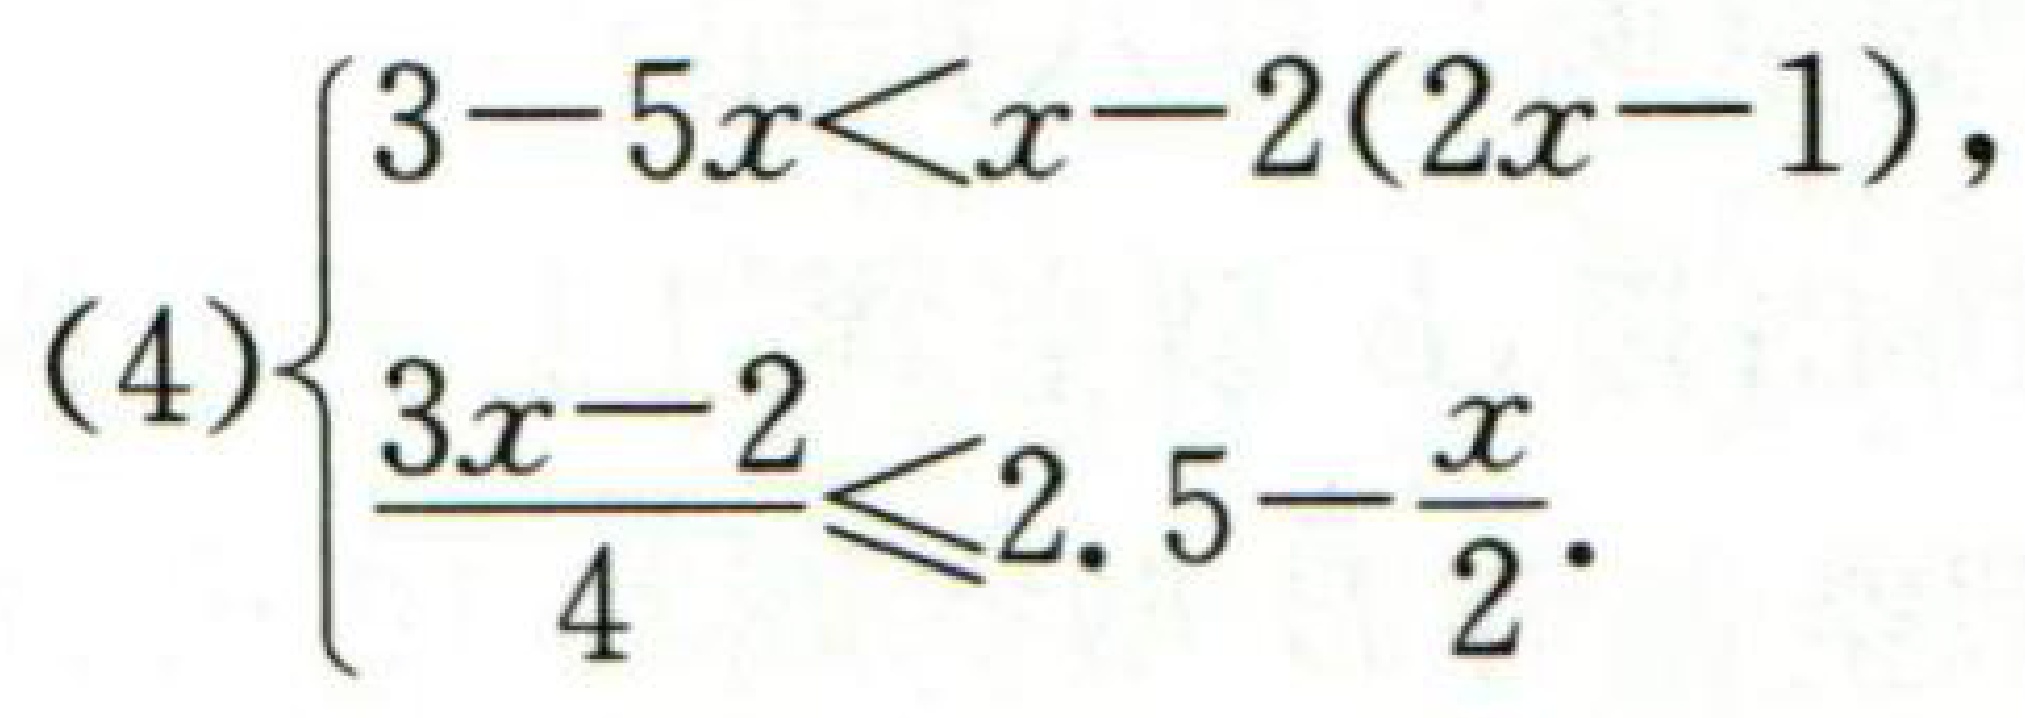
$(4)\begin{cases}
3 - 5x<x - 2(2x - 1),\\
\frac{3x - 2}{4}\leq2.5-\frac{x}{2}.
\end{cases}$